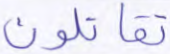
تقاتلون